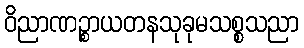
ဝိညာဏဉ္စာယတနသုခုမသစ္စသညာ